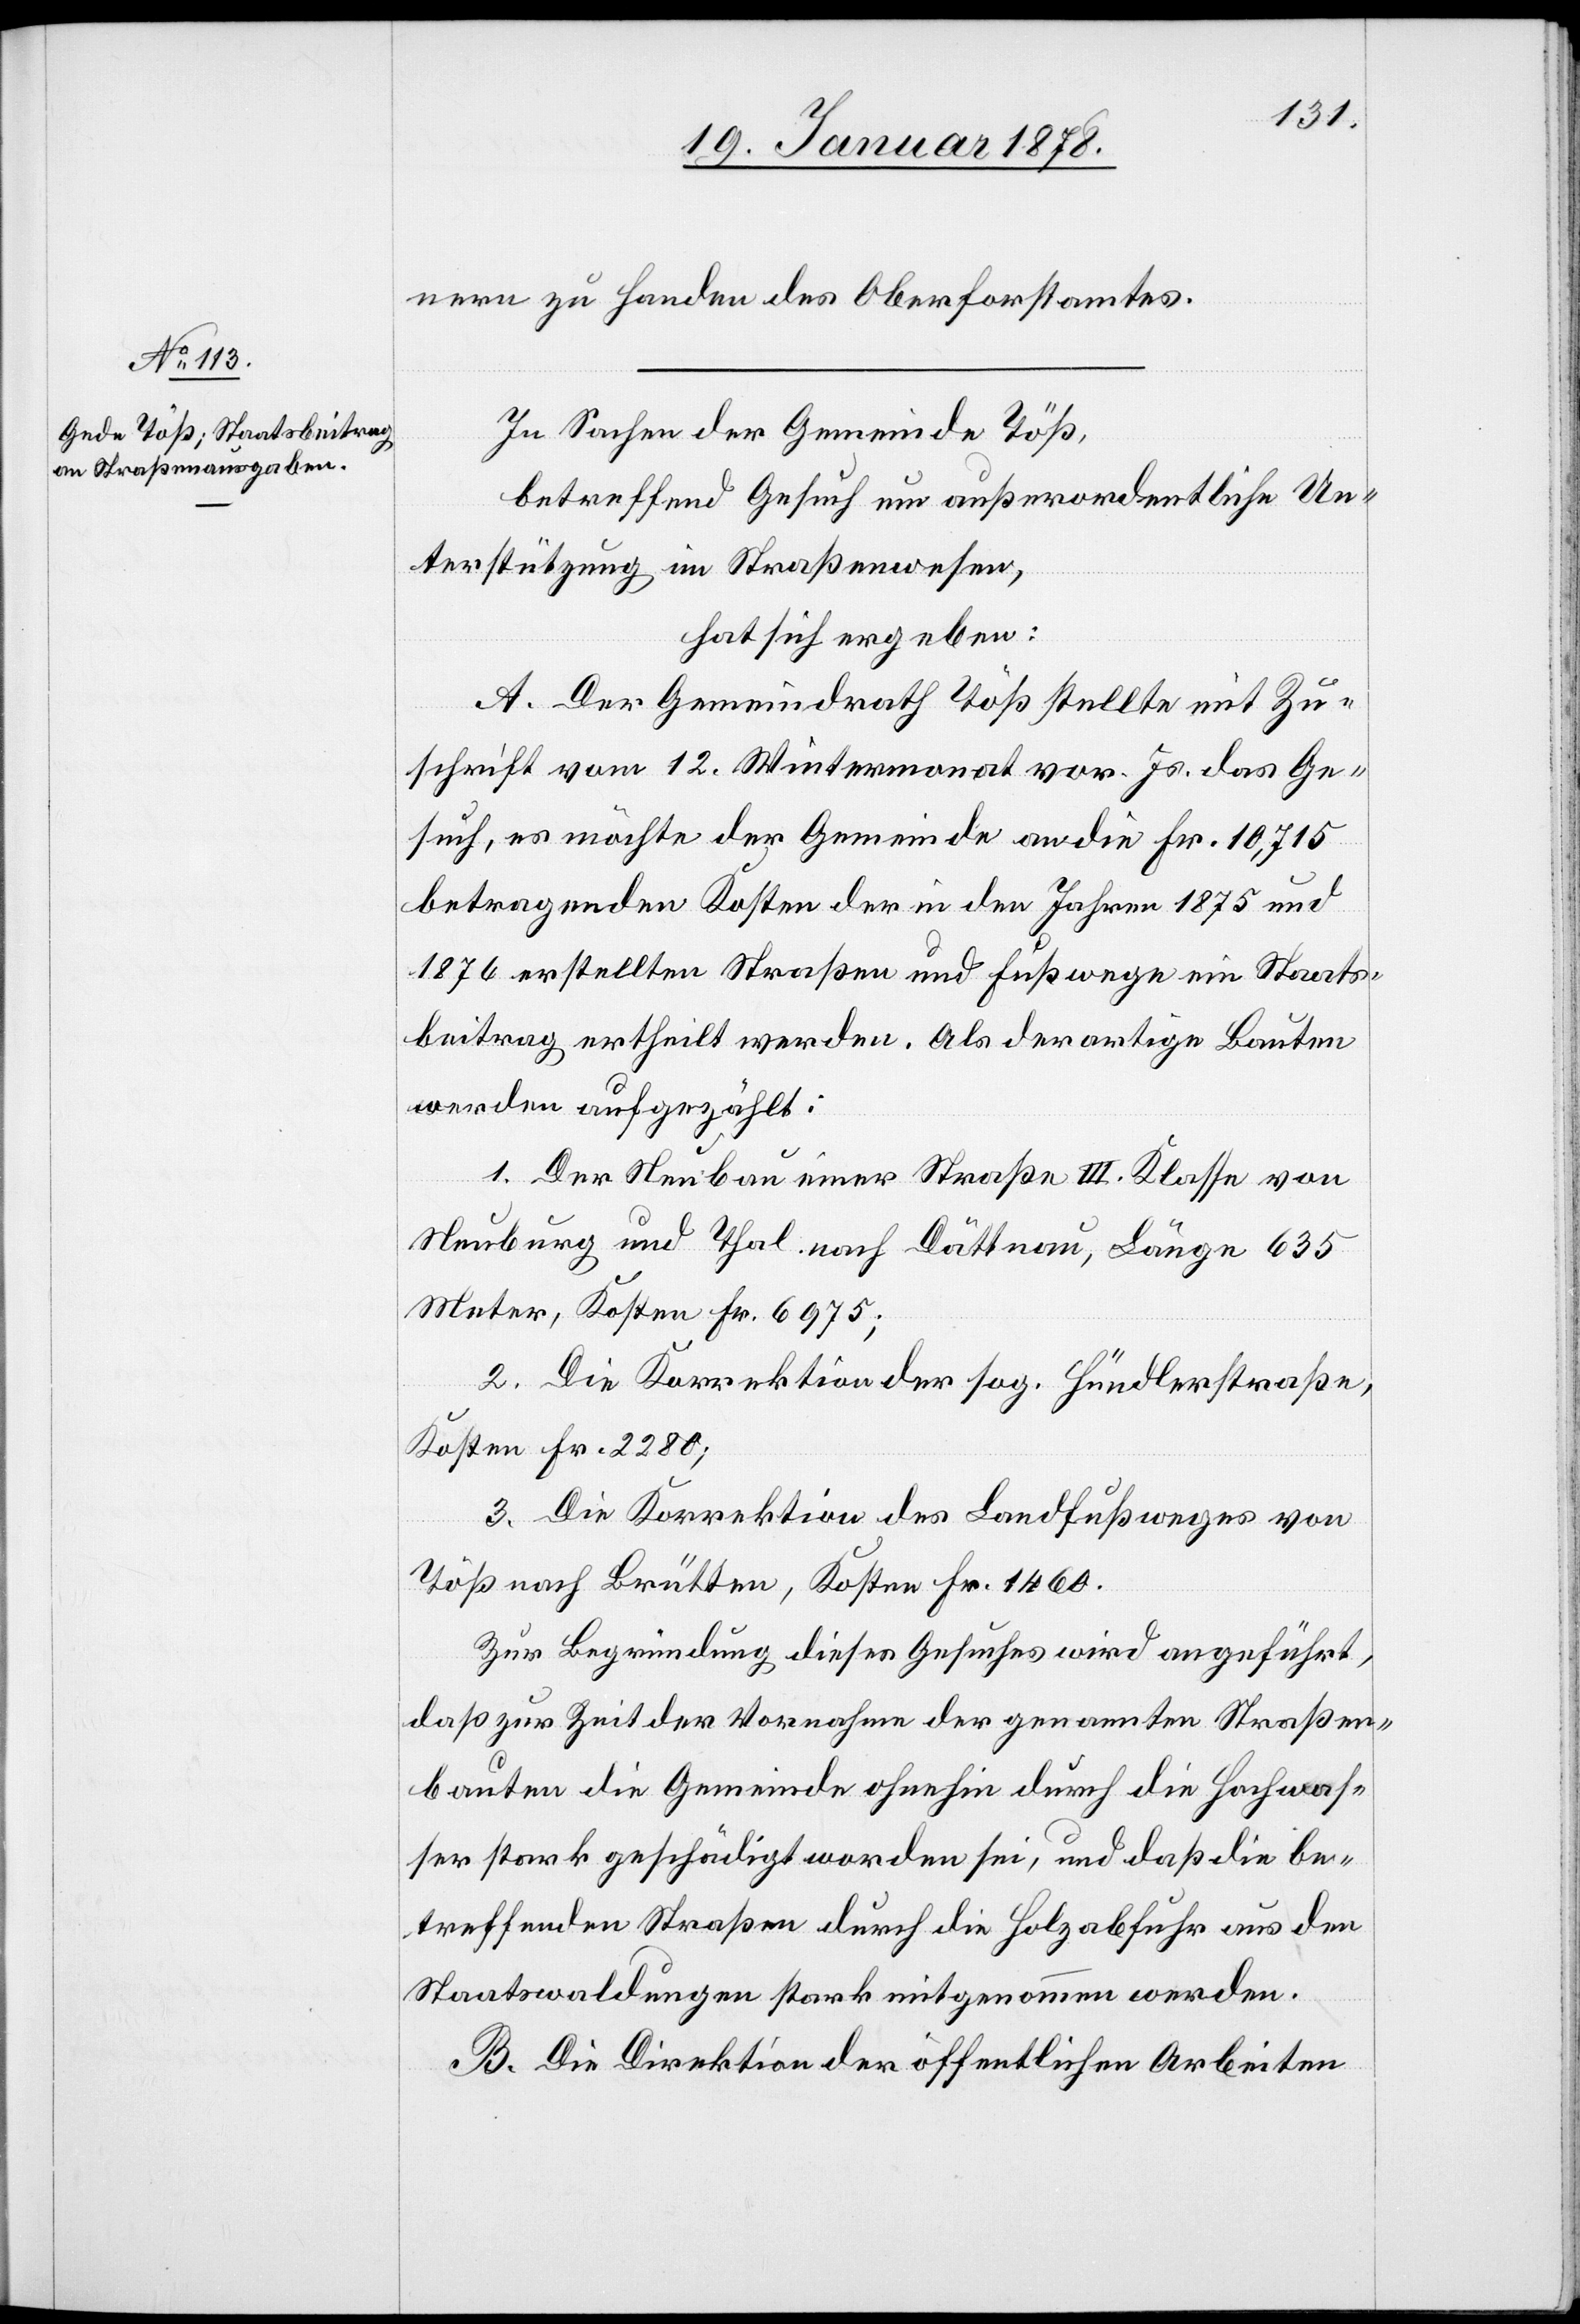
nern zu Handen des Oberforstamtes.
In Sachen der Gemeinde Töß,
betreffend Gesuch um außerordentliche Un¬
terstützung im Straßenwesen,
hat sich ergeben:
A. Der Gemeindrath Töß stellte mit Zu¬
schrift vom 12. Wintermonat vor. Js. das Ge¬
such, es möchte der Gemeinde an die Fr. 10,715
betragenden Kosten der in den Jahren 1875 und
1876 erstellten Straßen und Fußwege ein Staats¬
beitrag ertheilt werden. Als derartige Bauten
werden aufgezählt:
1. Der Neubau einer Straße III. Klasse von
Neuburg und Thal nach Dättnau, Länge 635
Meter, Kosten Fr. 6975;
2. Die Korrektion der sog. Hündlerstraße,
Kosten Fr. 2280;
3. Die Korrektion des Landfußweges von
Töß nach Brütten, Kosten Fr. 1460.
Zur Begründung dieses Gesuches wird angeführt,
daß zur Zeit der Vornahme der genannten Straßen¬
bauten die Gemeinde ohnehin durch die Hochwas¬
ser stark geschädigt worden sei, und daß die be¬
treffenden Straßen durch die Holzabfuhr aus den
Staatswaldungen stark mitgenommen werden.
B. Die Direktion der öffentlichen Arbeiten